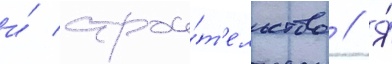
и́ строи́т'ельство // Я́